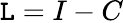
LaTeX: \mathtt{L}=I-C